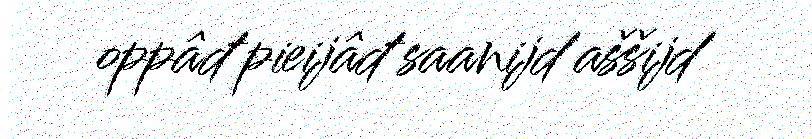
oppâđ pieijâđ saanijd aššijd